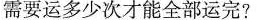
需要运多少次才能全部运完?